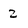
Character: 2